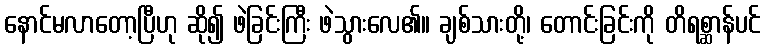
နောင်မလာတော့ပြီဟု ဆို၍ ဖဲခြင်းကြီး ဖဲသွားလေ၏။ ချစ်သားတို့၊ တောင်းခြင်းကို တိရစ္ဆာန်ပင်